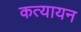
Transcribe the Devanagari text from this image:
कत्यायन